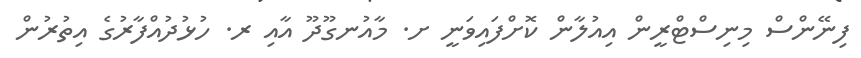
ފިނޭންސް މިނިސްޓްރީން އިއުލާން ކޮށްފައިވަނީ ށ. މާއުނގޫދޫ އާއި ރ. ހުޅުދުއްފާރުގެ އިތުރުން